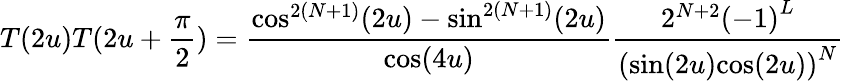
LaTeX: T(2u)T(2u+\frac{\pi}{2})=\frac{{\cos}^{2(N+1)}(2u)-{\sin}^{2(N+1)}(2u)}{\cos(4u)}\frac{2^{N+2}{(-1)}^{L}}{({{\sin}(2u){\cos}(2u))}^{N}}